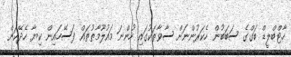
ހާޓްބްލީޑް ބަގްގެ ސަބަބުން ހެކަރުންނަށް ސާވާތަކުގައި ހުންނަ މައުލޫމާތުތައް ފަސޭހައިން ކިޔާ ހެދޭކަން